Annual report of the Punjab Veterinary College and of the Civil Veterinary Department, Punjab - 1926-1932
Year: 1926
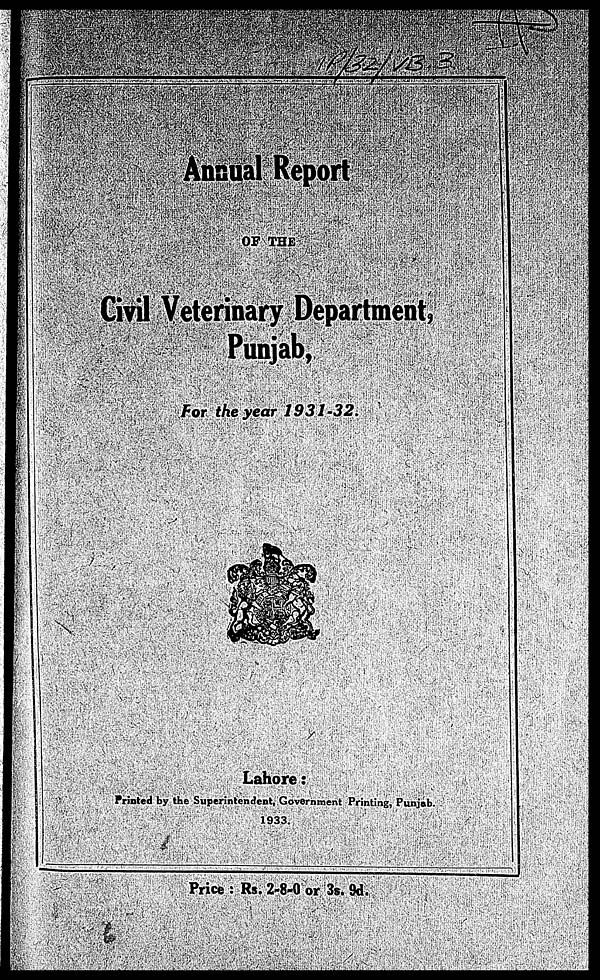
Annual Report
OF THE
Civil Veterinary Department,
Punjab,
For the year
1931-32
Lahore:
Printed by the Superintendent, Government Printing, Punjab.
1933
Price: Rs. 2-8-0 or 3s. 9d.